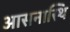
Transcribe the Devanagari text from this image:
आसनास्थि